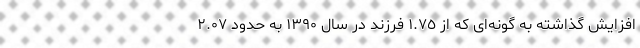
افزایش گذاشته به گونه‌ای که از ١.٧٥ فرزند در سال ١٣٩٠ به حدود ٢.٠٧